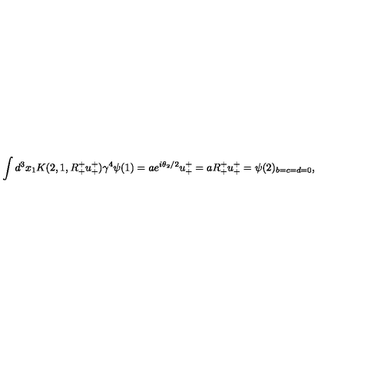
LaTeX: \int d ^ { 3 } x _ { 1 } K ( 2 , 1 , R _ { + } ^ { + } u _ { + } ^ { + } ) \gamma ^ { 4 } \psi ( 1 ) = a e ^ { i \theta _ { 2 } / 2 } u _ { + } ^ { + } = a R _ { + } ^ { + } u _ { + } ^ { + } = \psi ( 2 ) _ { b = c = d = 0 } ,